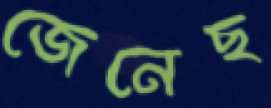
জেনেছ